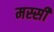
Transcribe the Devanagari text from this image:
मस्सी